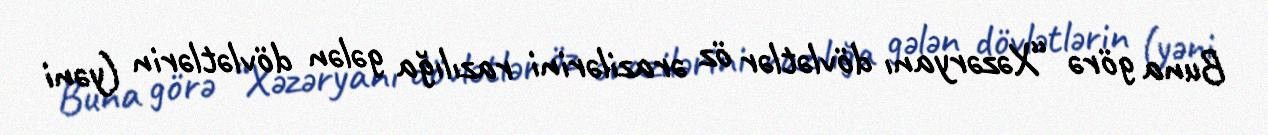
Buna görə “Xəzəryanı dövlətlər öz ərazilərini razılığa gələn dövlətlərin (yəni